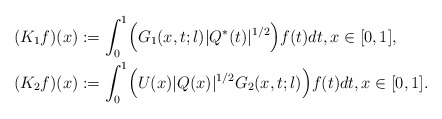
\begin{align*} (K_1 f) (x) &:= \int_0^1 \Bigl(G_{1}(x,t;\l) |Q^*(t)|^{1/2}\Bigr) f(t) dt, x \in [0,1], \\ (K_2 f) (x) &:= \int_0^1 \Bigl(U(x) |Q(x)|^{1/2} G_{2}(x,t;\l)\Bigr) f(t) dt, x \in [0,1].\end{align*}